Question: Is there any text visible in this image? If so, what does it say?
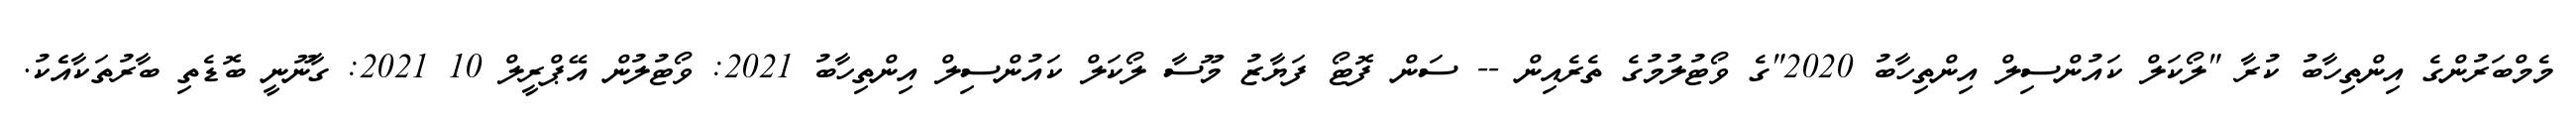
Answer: މެމްބަރުންގެ އިންތިހާބު ކުރާ "ލޯކަލް ކައުންސިލް އިންތިހާބު 2020"ގެ ވޯޓުލުމުގެ ތެރެއިން -- ސަން ފޮޓޯ ފަޔާޒު މޫސާ ލޯކަލް ކައުންސިލް އިންތިހާބު 2021: ވޯޓުލުން އޭޕްރީލް 10 2021: ގާނޫނީ ބޮޑެތި ބާރުތަކާއެެކު.